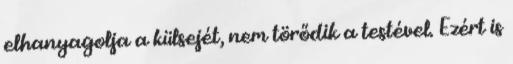
elhanyagolja a külsejét, nem törődik a testével. Ezért is